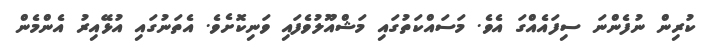
ކުރިން ނުފެންނަ ސިފައެއްގަ އެވެ. މަސައްކަތުގައި މަޝްއޫލުވެފައި ވަނިކޮށެވެ. އެތަނުގައި އުޅޭއިރު އެންމެން